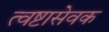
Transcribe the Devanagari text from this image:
त्वष्टासेवक